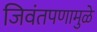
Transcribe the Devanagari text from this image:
जिवंतपणामुळे